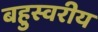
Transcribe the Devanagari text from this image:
बहुस्वरीय